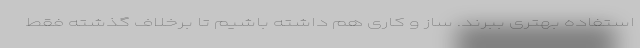
استفاده بهتری ببرند. ساز و کاری هم داشته باشیم تا برخلاف گذشته فقط